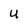
Character: U